system: You are a helpful assistant.
user:
Analyze the provided spectrum to determine if it is a **S-type Star**.

- **Key Indicators for S-type Star:**

    - **(Overall Spectrum Shape):** The first and most obvious characteristic is the overall continuum (the "baseline" shape). It is **extremely "red-sloping,"** meaning the flux (light intensity) is very low on the left side (blue, ~4000-4500 Å) and rises steeply and continuously toward the right side (red, ~7000 Å+).

    - **(Primary):** The spectrum is defined by the presence of strong, broad molecular absorption "valleys" (bands) from **Zirconium Oxide (ZrO)**. The identification of these bands is the **primary requirement** for classifying a star as S-type.
        - **(Key Bandheads):** You must find distinct, deep "dips" where the light has been absorbed. The most critical band systems to locate are:
            - **~6474 Å** ($\gamma$-system): This is often the strongest and clearest ZrO feature, found in the red part of the spectrum.
            - **~5718 Å** & **~5551 Å** ($\beta$-system): A pair of prominent absorption features in the yellow-orange part of the spectrum.
            - **~4640 Å** ($\alpha$-system): A key absorption band system in the blue-green region of the spectrum.

    - **(Secondary Confirmation):** The classification is strengthened by finding additional absorption bands from other related heavy element oxides, which are expected to be present alongside ZrO.
        - **(Key Bandheads):**
            - **Yttrium Oxide (YO):** Look for absorption dips near **~4800 Å** and **~6100 Å**.
            - **Lanthanum Oxide (LaO):** Additional absorption features, particularly in the red-orange part of the spectrum, are also characteristic.

    - **(Line Profile):** The combination of the steep red continuum and these numerous, deep molecular bands (ZrO, YO, etc.) gives the entire spectrum a very **"chopped-up"** or **"bumpy"** appearance. Instead of a smooth curve, the spectrum looks as though large, wide chunks of light have been "carved out" of it at the specific wavelengths listed above.

Think first, call **spectral_visualization_tool** if needed to examine features in detail, then provide your final answer. Your response must adhere to the following strict rules:
1.  **Overall Structure:** Your response must follow the format `<think>...</think> <tool_call>...</tool_call> (if a tool is used) <answer>...</answer>`.
2.  **Tool Usage Constraint:** You may only make **one** tool call per turn.
3.  **Final Answer Format:** In the `<answer>` tag, your conclusion must be inside a `\boxed{}` command (e.g., `\boxed{YES}` or `\boxed{NO}`), followed by your justification.

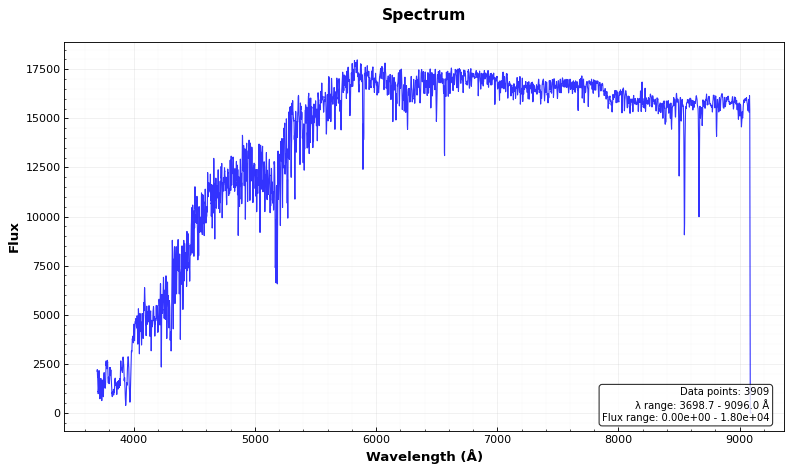
Answer: NO